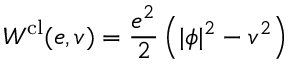
{ \cal W } ^ { \mathrm { c l } } ( e , v ) = \frac { e ^ { 2 } } 2 \left( | \phi | ^ { 2 } - v ^ { 2 } \right)